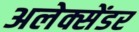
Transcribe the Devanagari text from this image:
अलेक्सेंडर